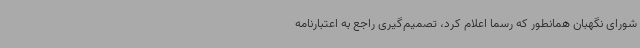
شورای نگهبان همانطور که رسماً اعلام کرد، تصمیم‌گیری راجع به اعتبارنامه